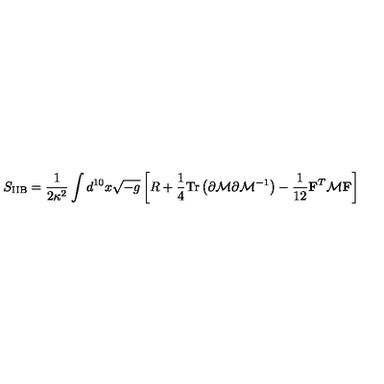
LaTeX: S _ { \mathrm { I I B } } = \frac { 1 } { 2 \kappa ^ { 2 } } \int d ^ { 1 0 } x \sqrt { - g } \left[ R + \frac { 1 } { 4 } \mathrm { T r } \left( \partial { \cal { M } } \partial { \cal { M } } ^ { - 1 } \right) - \frac { 1 } { 1 2 } { \bf F } ^ { T } { \cal { M } } { \bf F } \right]